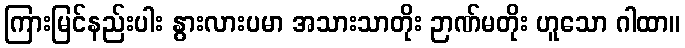
ကြားမြင်နည်းပါး နွားလားပမာ အသားသာတိုး ဉာဏ်မတိုး ဟူသော ဂါထာ။